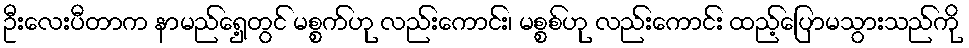
ဦးလေးပီတာက နာမည်ရှေ့တွင် မစ္စက်ဟု လည်းကောင်း၊ မစ္စစ်ဟု လည်းကောင်း ထည့်ပြောမသွားသည်ကို